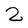
Character: 2